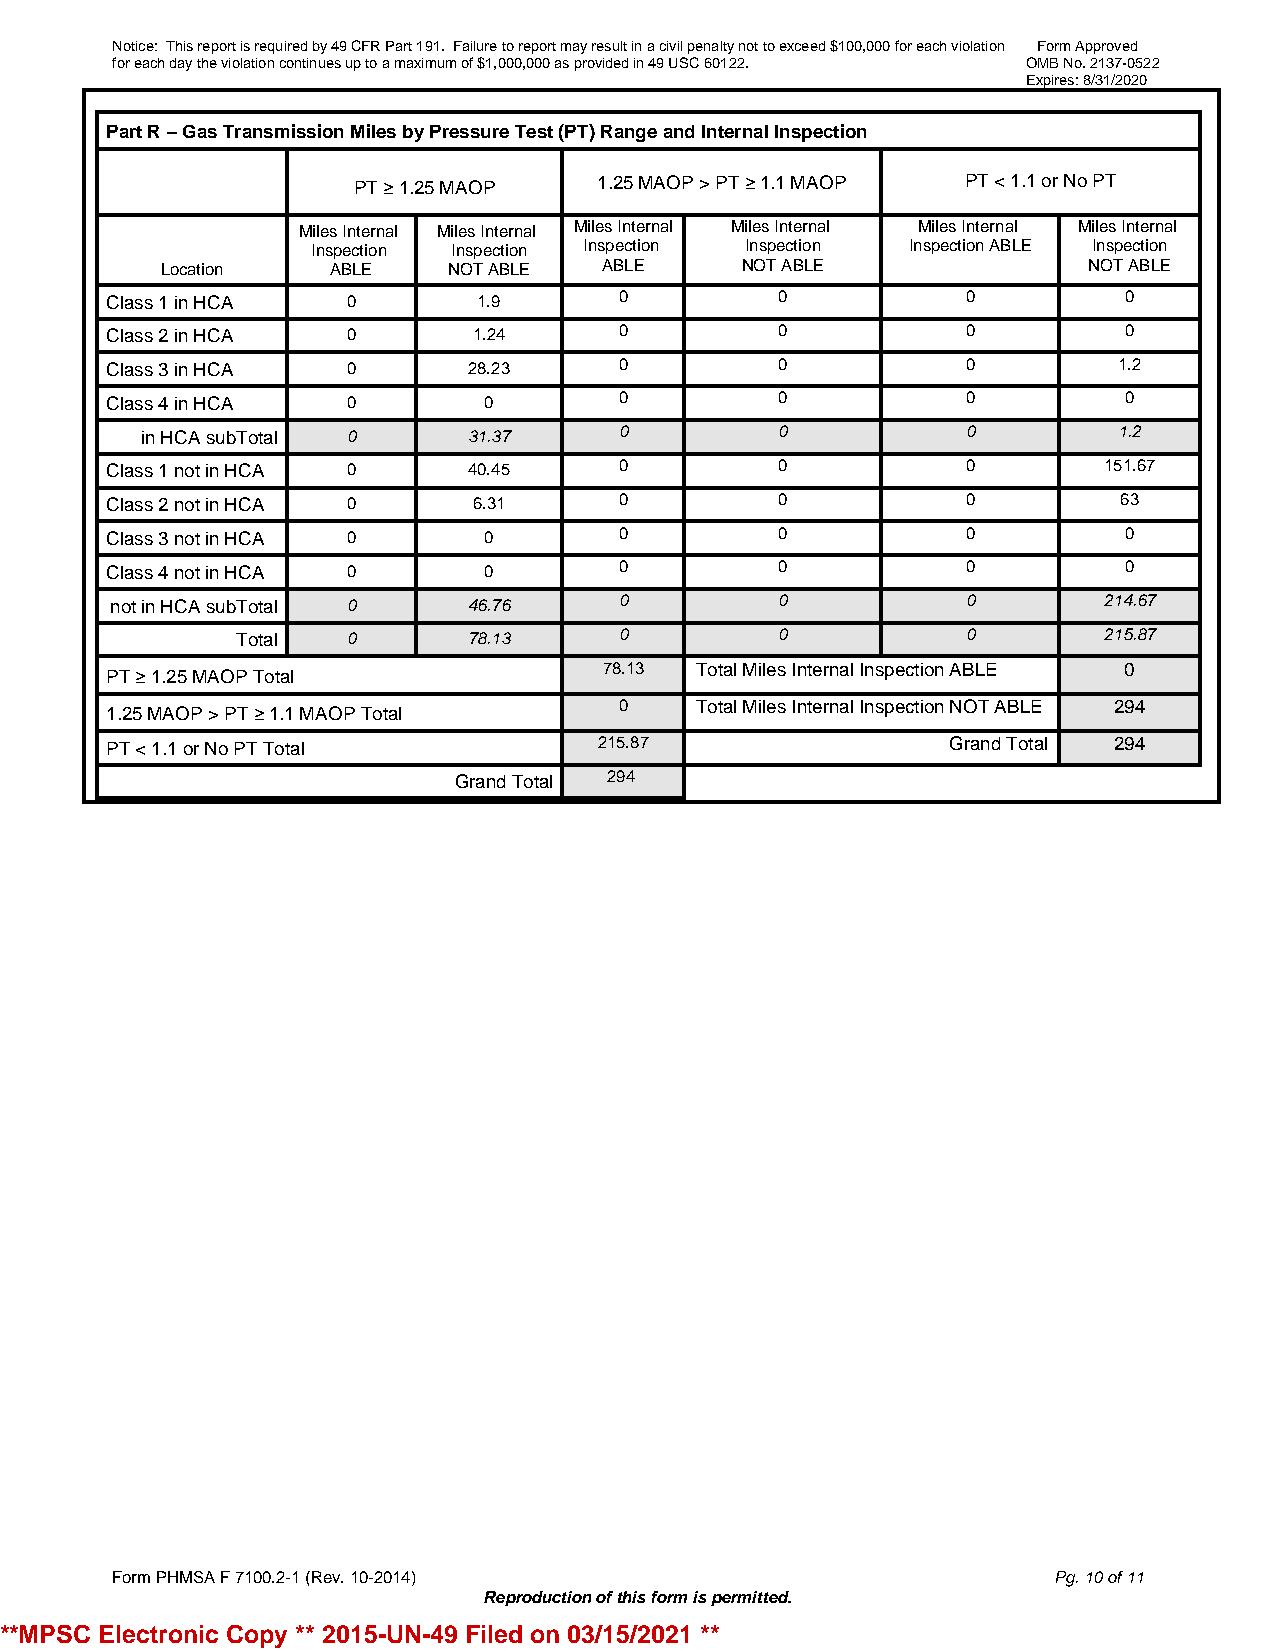
Notice: This report is required by 49 CFR Part 191. Failure to report may result in a civil penalty not to exceed $100,000 for each violation Form Approved
 for each day the violation continues up to a maximum of $1,000,000 as provided in 49 USC 60122. OMB No. 2137-0522
 Expires: 8/31/2020
 Part R – Gas Transmission Miles by Pressure Test (PT) Range and Internal Inspection
 PT ≥ 1.25 MAOP   1.25 MAOP > PT ≥ 1.1 MAOP PT < 1.1 or No PT
 Miles Internal Miles Internal Miles Internal Miles Internal Miles Internal Miles Internal
 Inspection Inspection Inspection Inspection Inspection ABLE Inspection
 Location   ABLE    NOT ABLE  ABLE     NOT ABLE               NOT ABLE
 Class 1 in HCA  0        1.9      0          0           0         0
 Class 2 in HCA  0       1.24      0          0           0         0
 Class 3 in HCA  0       28.23     0          0           0         1.2
 Class 4 in HCA  0        0        0          0           0         0
 in HCA subTotal 0     31.37     0          0           0         1.2
 Class 1 not in HCA 0    40.45     0          0           0        151.67
 Class 2 not in HCA 0    6.31      0          0           0         63
 Class 3 not in HCA 0     0        0          0           0         0
 Class 4 not in HCA 0     0        0          0           0         0
 not in HCA subTotal 0   46.76     0          0           0        214.67
 Total  0       78.13     0          0           0        215.87
 78.13 Total Miles Internal Inspection ABLE 0
 PT ≥ 1.25 MAOP Total
 0    Total Miles Internal Inspection NOT ABLE 294
 1.25 MAOP > PT ≥ 1.1 MAOP Total
 PT < 1.1 or No PT Total          215.87                 Grand Total 294
 Grand Total 294
 Form PHMSA F 7100.2-1 (Rev. 10-2014)                           Pg. 10 of 11
 Reproduction of this form is permitted.
 **MPSC Electronic Copy ** 2015-UN-49 Filed on 03/15/2021 **